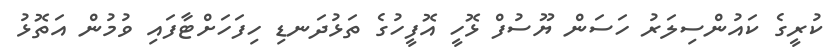
ކުރީގެ ކައުންސިލަރު ހަސަން ޔޫސުފް ޅޮހީ އޮފީހުގެ ތަޅުދަނޑި ހިފަހަށްޓާފައި ވުމުން އަތޮޅު